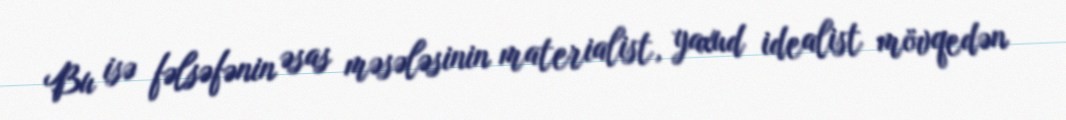
Bu isə fəlsəfənin əsas məsələsinin materialist, yaxud idealist mövqedən